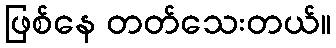
ဖြစ်နေ တတ်သေးတယ်။